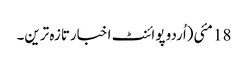
18 مئی(اُردو پوائنٹ اخبارتازہ ترین۔